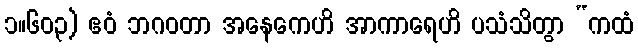
၁။၆၀၃) ဧဝံ ဘဂဝတာ အနေကေဟိ အာကာရေဟိ ပသံသိတွာ “ကထံ